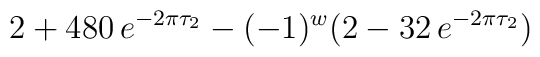
2+ 480\, e^{-2\pi\tau_2}- (-1)^w (2-32\,  e^{-2\pi\tau_2})